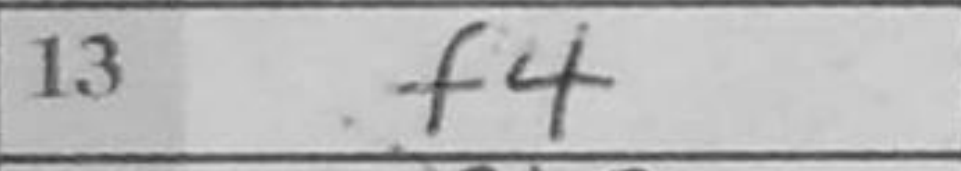
Transcription: f4